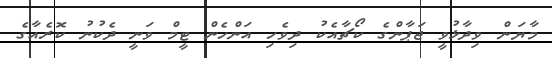
މާޔަން ވިދާޅުވީ ޖަޕާންގެ ކޯޗާއެކު ދިވެހި އަންހެން ޓީމް ވަނީ ދެކުނު ކޮރެއާގެ